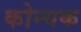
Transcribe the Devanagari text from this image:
कोन्यक